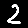
Digit: 2